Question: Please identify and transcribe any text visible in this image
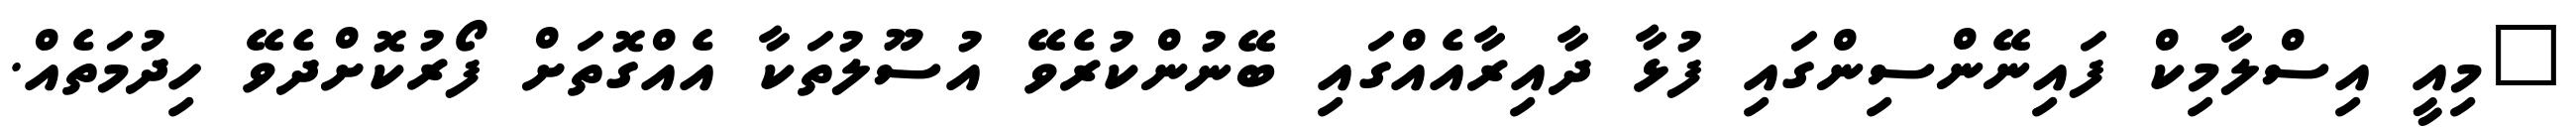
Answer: "މިއީ އިސްލާމިކް ފައިނޭންސިންގައި ފުޅާ ދާއިރާއެއްގައި ބޭނުންކުރެވޭ އުސޫލުތަކާ އެއްގޮތަށް ފޯރުކޮށްދެވޭ ހިދުމަތެއް.